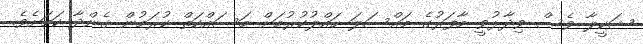
ޝަކީލާ ވެސް ވިދާޅުވީ މާފަރުގެ މައްސަލަ ހައްލުކުރުމަށް މަސައްކަތް ކުރަމުން ގެންދާ ކަމަށެވެ.